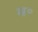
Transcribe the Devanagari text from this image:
म॰